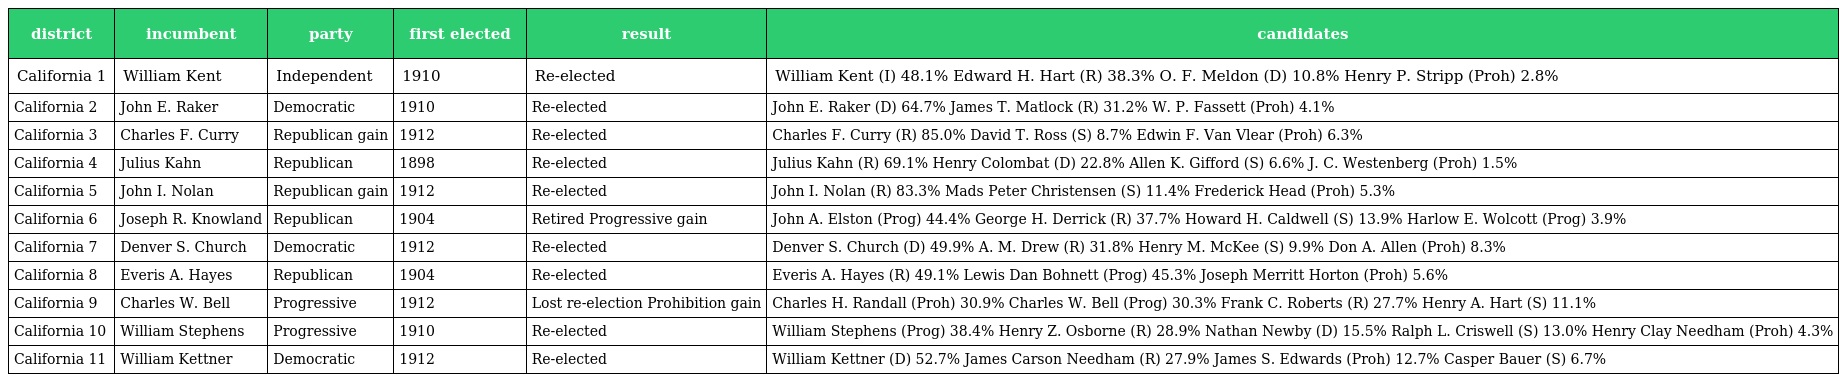
| district | incumbent | party | first elected | result | candidates |
 | --- | --- | --- | --- | --- | --- |
 | California 1 | William Kent | Independent | 1910 | Re-elected | William Kent (I) 48.1% Edward H. Hart (R) 38.3% O. F. Meldon (D) 10.8% Henry P. Stripp (Proh) 2.8% |
 | California 2 | John E. Raker | Democratic | 1910 | Re-elected | John E. Raker (D) 64.7% James T. Matlock (R) 31.2% W. P. Fassett (Proh) 4.1% |
 | California 3 | Charles F. Curry | Republican gain | 1912 | Re-elected | Charles F. Curry (R) 85.0% David T. Ross (S) 8.7% Edwin F. Van Vlear (Proh) 6.3% |
 | California 4 | Julius Kahn | Republican | 1898 | Re-elected | Julius Kahn (R) 69.1% Henry Colombat (D) 22.8% Allen K. Gifford (S) 6.6% J. C. Westenberg (Proh) 1.5% |
 | California 5 | John I. Nolan | Republican gain | 1912 | Re-elected | John I. Nolan (R) 83.3% Mads Peter Christensen (S) 11.4% Frederick Head (Proh) 5.3% |
 | California 6 | Joseph R. Knowland | Republican | 1904 | Retired Progressive gain | John A. Elston (Prog) 44.4% George H. Derrick (R) 37.7% Howard H. Caldwell (S) 13.9% Harlow E. Wolcott (Prog) 3.9% |
 | California 7 | Denver S. Church | Democratic | 1912 | Re-elected | Denver S. Church (D) 49.9% A. M. Drew (R) 31.8% Henry M. McKee (S) 9.9% Don A. Allen (Proh) 8.3% |
 | California 8 | Everis A. Hayes | Republican | 1904 | Re-elected | Everis A. Hayes (R) 49.1% Lewis Dan Bohnett (Prog) 45.3% Joseph Merritt Horton (Proh) 5.6% |
 | California 9 | Charles W. Bell | Progressive | 1912 | Lost re-election Prohibition gain | Charles H. Randall (Proh) 30.9% Charles W. Bell (Prog) 30.3% Frank C. Roberts (R) 27.7% Henry A. Hart (S) 11.1% |
 | California 10 | William Stephens | Progressive | 1910 | Re-elected | William Stephens (Prog) 38.4% Henry Z. Osborne (R) 28.9% Nathan Newby (D) 15.5% Ralph L. Criswell (S) 13.0% Henry Clay Needham (Proh) 4.3% |
 | California 11 | William Kettner | Democratic | 1912 | Re-elected | William Kettner (D) 52.7% James Carson Needham (R) 27.9% James S. Edwards (Proh) 12.7% Casper Bauer (S) 6.7% |